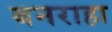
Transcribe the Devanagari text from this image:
बनराहा